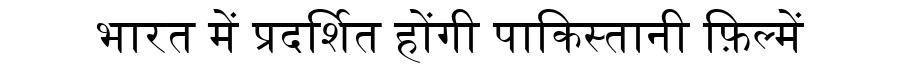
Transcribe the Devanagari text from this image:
भारत में प्रदर्शित होंगी पाकिस्तानी फ़िल्में